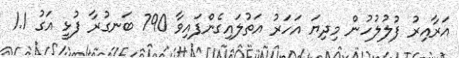
އަރާއިރު ފުލުލުހުން މިދިޔަ އަހަރު އަތުލައިގެންފައިވާ 790 ބަނގުރާ ފުޅީ އަގު 1.1